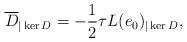
LaTeX: \begin{align*}\overline D_{|\ker D} = -\frac12 \tau L(e_0)_{|\ker D},\end{align*}